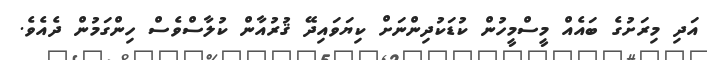
އަދި މިރަށުގެ ބައެއް މީސްމީހުން ކުޑަކުދިންނަށް ކިޔަވައިދޭ ޤުރުއާން ކުލާސްވެސް ހިންގަމުން ދެއެވެ.